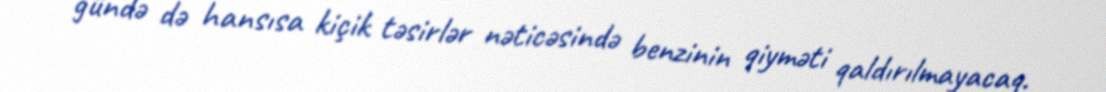
gündə də hansısa kiçik təsirlər nəticəsində benzinin qiyməti qaldırılmayacaq.